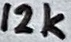
Text: 12k